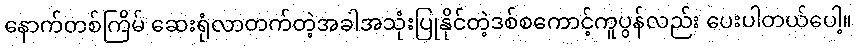
နောက်တစ်ကြိမ် ဆေးရုံလာတက်တဲ့အခါအသုံးပြုနိုင်တဲ့ဒစ်စကောင့်ကူပွန်လည်း ပေးပါတယ်ပေါ့။